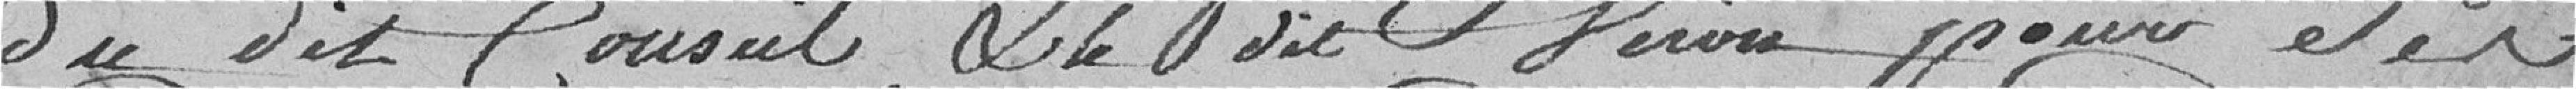
du dit Conseil & le dit Viron pour Ses